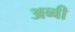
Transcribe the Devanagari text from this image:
अब्बी